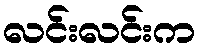
လင်းလင်းက